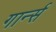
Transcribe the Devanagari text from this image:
गार्न्स